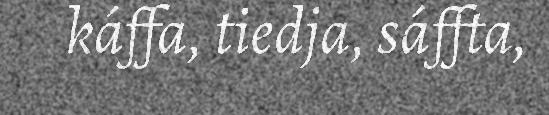
káffa, tiedja, sáffta,